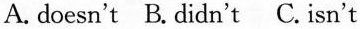
A. doesn't B.Didn'tC.Isn't